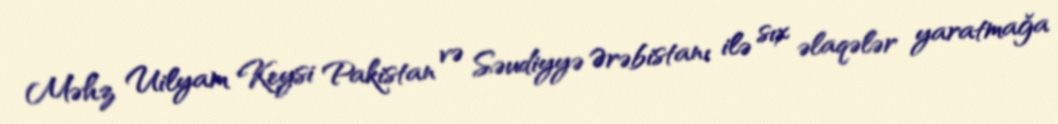
Məhz Uilyam Keysi Pakistan və Səudiyyə Ərəbistanı ilə sıx əlaqələr yaratmağa